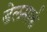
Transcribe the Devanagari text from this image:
डेलमार्क